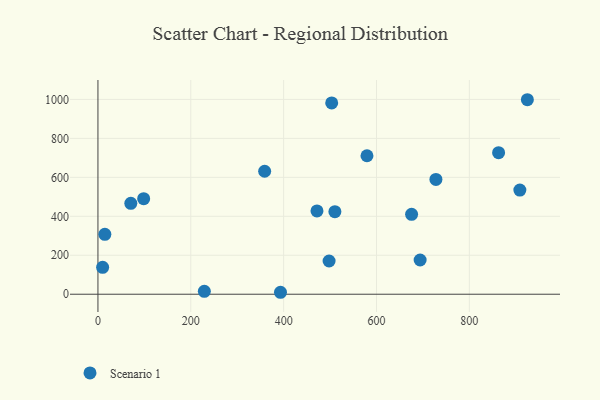
{"axis": {"x": "Experience", "y": "Exam Score"}, "legend": ["Scenario 1"], "data": [{"x": "863.0", "y": 726.8, "type": "Scenario 1"}, {"x": "728.0", "y": 589.4, "type": "Scenario 1"}, {"x": "98.5", "y": 490.3, "type": "Scenario 1"}, {"x": "70.8", "y": 466.5, "type": "Scenario 1"}, {"x": "10.1", "y": 138.0, "type": "Scenario 1"}, {"x": "14.9", "y": 307.6, "type": "Scenario 1"}, {"x": "393.2", "y": 10.0, "type": "Scenario 1"}, {"x": "694.0", "y": 175.8, "type": "Scenario 1"}, {"x": "503.5", "y": 981.9, "type": "Scenario 1"}, {"x": "471.8", "y": 427.6, "type": "Scenario 1"}, {"x": "510.4", "y": 423.5, "type": "Scenario 1"}, {"x": "359.1", "y": 631.2, "type": "Scenario 1"}, {"x": "497.9", "y": 170.6, "type": "Scenario 1"}, {"x": "925.0", "y": 998.4, "type": "Scenario 1"}, {"x": "579.5", "y": 710.7, "type": "Scenario 1"}, {"x": "675.6", "y": 410.3, "type": "Scenario 1"}, {"x": "229.2", "y": 15.1, "type": "Scenario 1"}, {"x": "908.8", "y": 534.4, "type": "Scenario 1"}]}